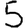
Digit: 5